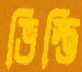
ভিস্তি